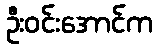
ဦးဝင်းအောင်က